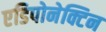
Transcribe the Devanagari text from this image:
एडिपोनेक्टिन